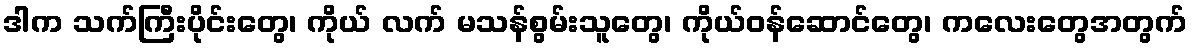
ဒါက သက်ကြီးပိုင်းတွေ၊ ကိုယ် လက် မသန်စွမ်းသူတွေ၊ ကိုယ်ဝန်ဆောင်တွေ၊ ကလေးတွေအတွက်